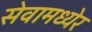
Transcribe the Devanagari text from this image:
सेवामध्येर